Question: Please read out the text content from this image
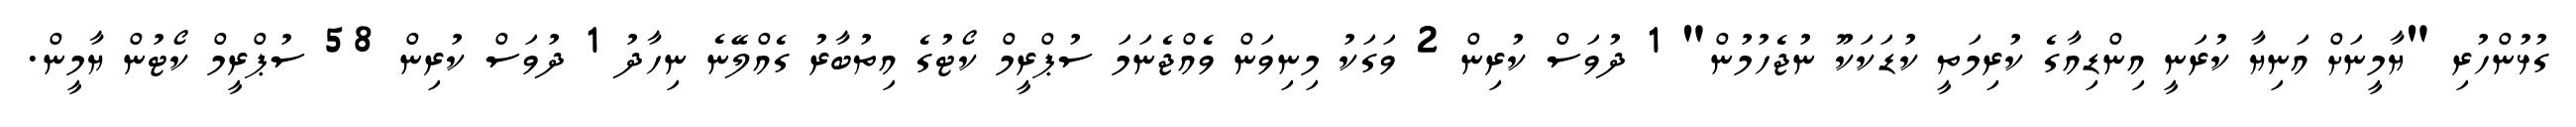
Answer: ގުޅުންހުރި "ޔާމީނަށް އަނިޔާ ކުރަނީ އިންޑިއާގެ ކުރިމަތީ ކުޑަކަކޫ ނުޖެހުމުން" 1 ދުވަސް ކުރިން 2 ވަގަކު މިނިވަން ވެއްޖެނަމަ ސުޕްރީމް ކޯޓުގެ އިތުބާރު ގެއްލޭނެ ނިހާދު 1 ދުވަސް ކުރިން 58 ސުޕްރީމް ކޯޓުން ޔާމީން.